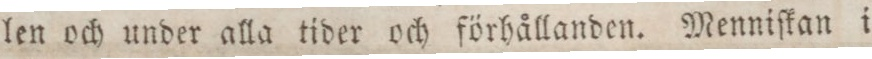
len och under alla tider och förhållanden. Menniſkan i